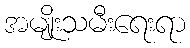
အမျိုးသမီးရေးရာ